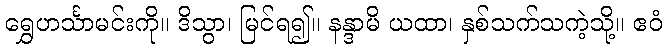
ရွှေဟင်္သာမင်းကို။ ဒိသွာ၊ မြင်ရ၍။ နန္ဒာမိ ယထာ၊ နှစ်သက်သကဲ့သို့။ ဧဝံ